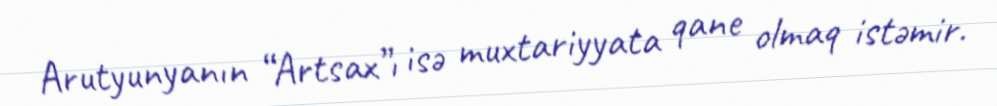
Arutyunyanın “Artsax”ı isə muxtariyyata qane olmaq istəmir.